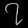
Digit: ၇